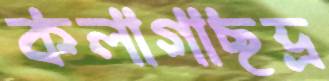
কলাগাছভ্র